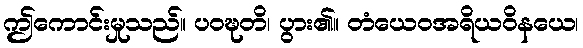
ဤကောင်းမှုသည်။ ပဝဍ္ဎတိ၊ ပွား၏။ တံယေဝအရိယဝိနယေ၊